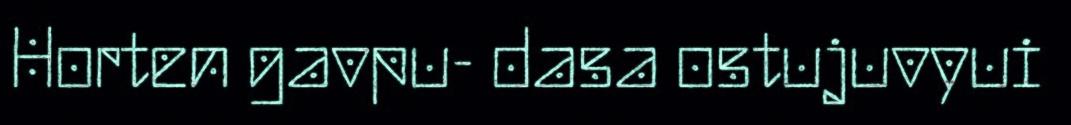
Horten gavpu- dasa ostujuvyui